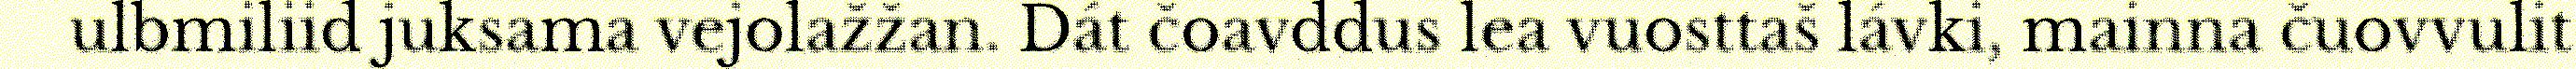
ulbmiliid juksama vejolažžan. Dát čoavddus lea vuosttaš lávki, mainna čuovvulit